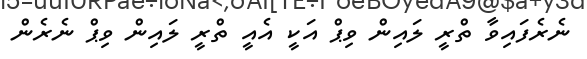
ނެރެފައިވާ ތްރީ ލައިން ވިޕް އަކީ އެއީ ތްރީ ލައިން ވިޕް ނެރެން